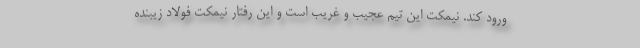
ورود کند. نیمکت این تیم عجیب و غریب است و این رفتار نیمکت فولاد زیبنده